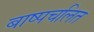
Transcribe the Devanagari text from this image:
बाष्पचलित